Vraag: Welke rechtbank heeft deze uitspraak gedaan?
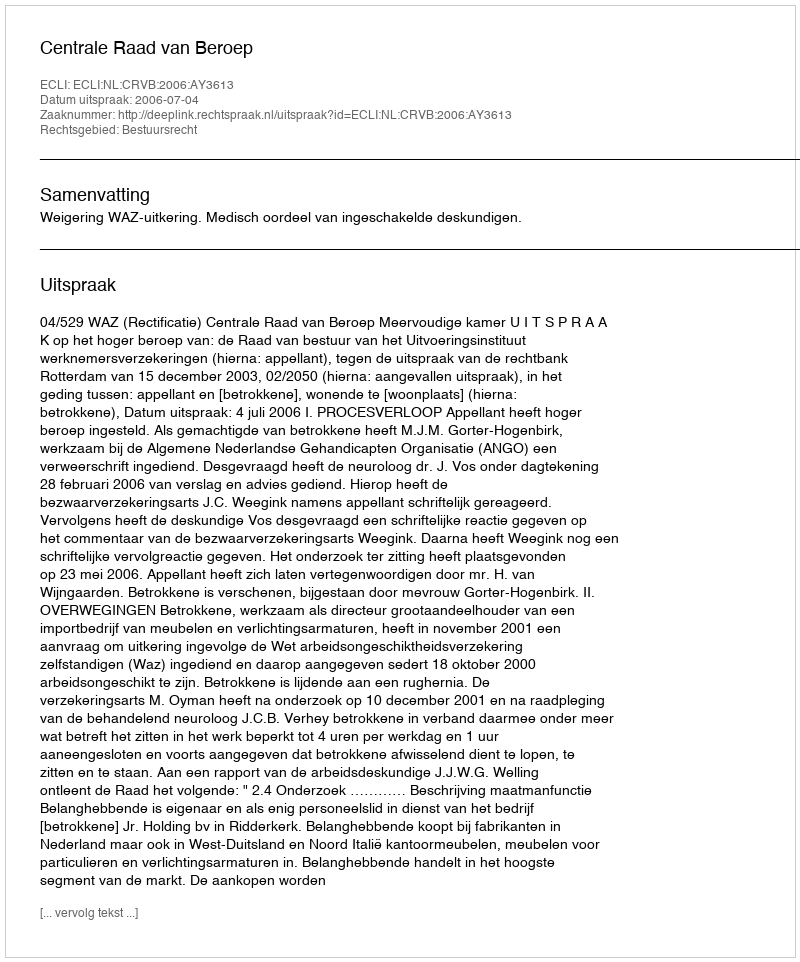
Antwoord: Centrale Raad van Beroep